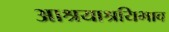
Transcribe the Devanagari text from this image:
आश्रयाश्रयिभाव